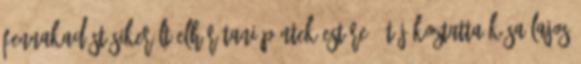
fennakadást sikerült elhárítani péntek estére - tájékoztatta Kósa Lajos